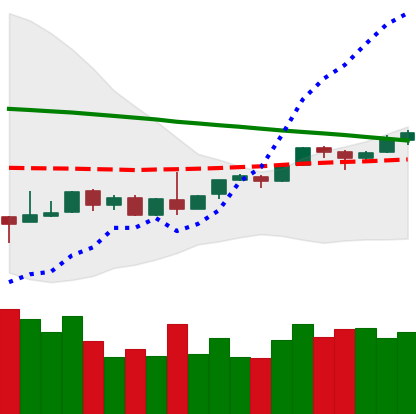
Ticker: BTC-USD
Chart end date: 2018-09-02
Forward return: -11.078%
Label: down_7plus